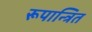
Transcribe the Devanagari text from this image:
रूपान्त्रित